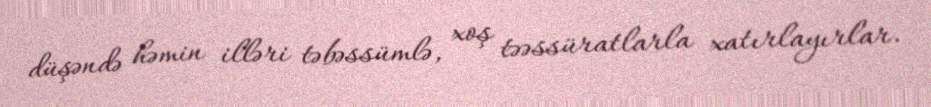
düşəndə həmin illəri təbəssümlə, xoş təəssüratlarla xatırlayırlar.